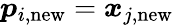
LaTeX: \boldsymbol{p}_{i,\mathrm{new}}=\boldsymbol{x}_{j,\mathrm{new}}